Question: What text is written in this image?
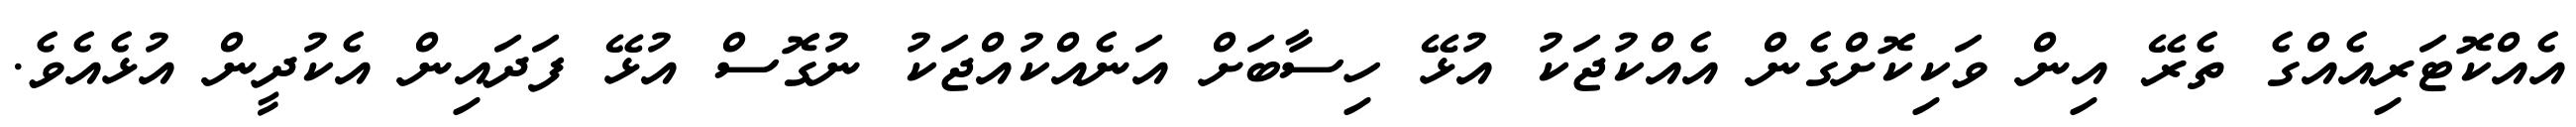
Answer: އެއްކޮޓަރިއެއްގެ ތެރޭ އިން ވަކިކޮށްގެން އެއްކުޖަކު އުޅޭ ހިސާބަށް އަނެއްކުއްޖަކު ނުގޮސް އުޅޭ ފަދައިން އެކުދީން އުޅެއެވެ.